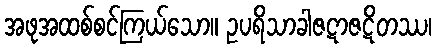
အဖုအထစ်စင်ကြယ်သော။ ဥပရိသာခါဇဋာဇဋိတဿ၊